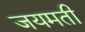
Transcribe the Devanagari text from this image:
जयमती